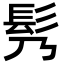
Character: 䯮